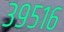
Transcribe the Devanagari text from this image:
३९५१६